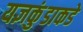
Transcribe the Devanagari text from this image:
यज्ञकुंडाकडे